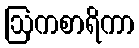
ဩကစာရိကာ